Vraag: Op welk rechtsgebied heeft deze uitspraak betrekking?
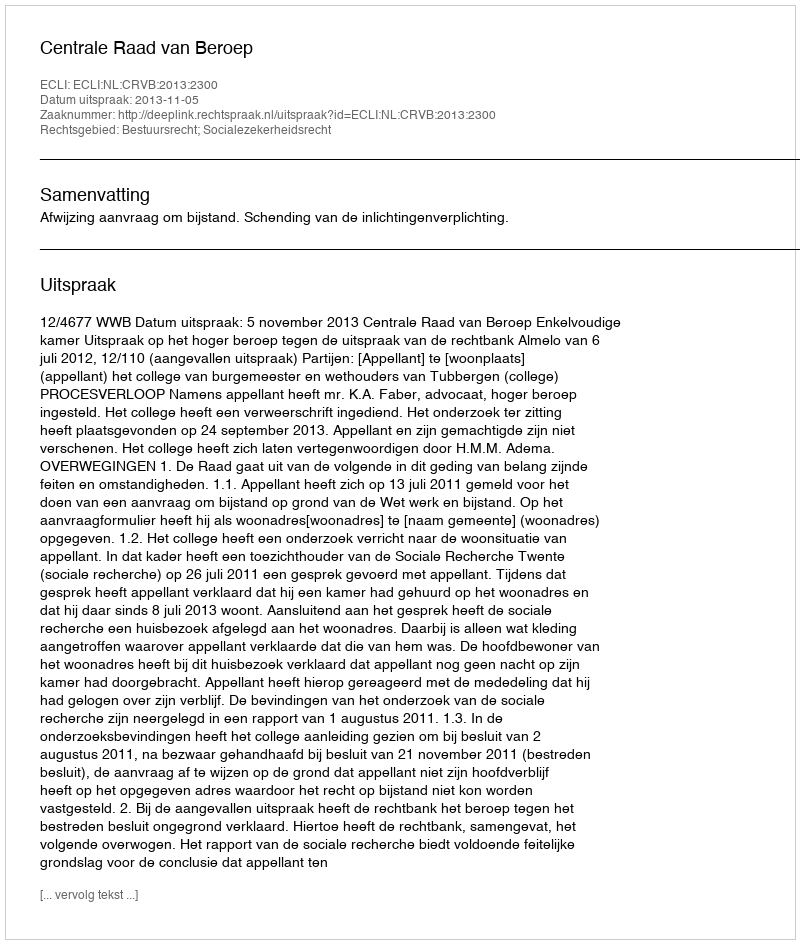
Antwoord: Bestuursrecht; Socialezekerheidsrecht